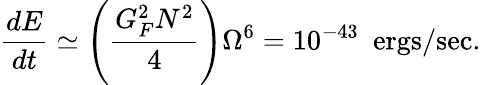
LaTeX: \frac{dE}{dt}\simeq\left(\frac{G_{F}^{2}N^{2}}{4}\right)\Omega^{6}=10^{-43}~~\mathrm{ergs/sec}.